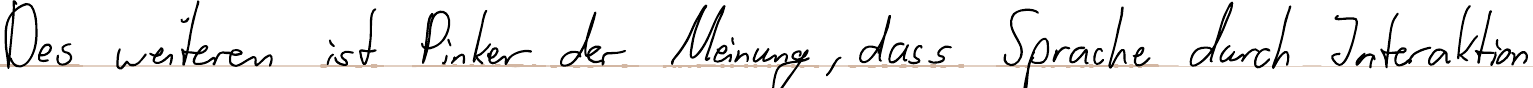
Des weiteren ist Pinker der Meinung, dass Sprache durch Interaktion